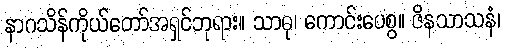
နာဂသိန်ကိုယ်တော်အရှင်ဘုရား။ သာဓု၊ ကောင်းပေစွ။ ဇိနသာသနံ၊